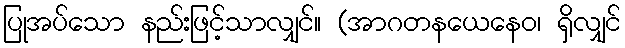
ပြုအပ်သော နည်းဖြင့်သာလျှင်။ (အာဂတနယေနေဝ၊ ရှိလျှင်